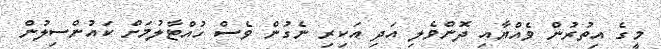
މީގެ އިތުރުން ވެއްޔާއި ދޮންވެލި އަދި އަކިރި ނެގުން ވެސް ހުއްޓާލުމަށް ކައުންސިލުން